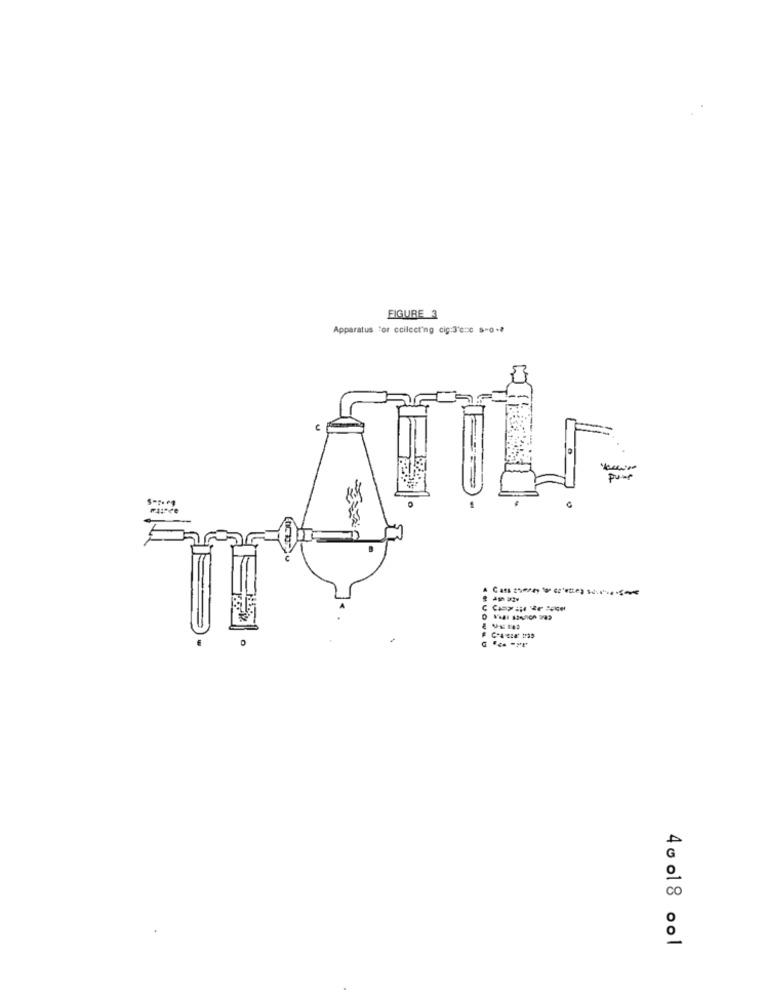
FIGURE 3
Apparatus :or ccilcering cig:3'e :: 0 5-0 -?
puur
A
40018 ool